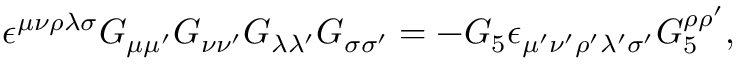
\epsilon ^ { \mu \nu \rho \lambda \sigma } G _ { \mu \mu ^ { \prime } } G _ { \nu \nu ^ { \prime } } G _ { \lambda \lambda ^ { \prime } } G _ { \sigma \sigma ^ { \prime } } = - G _ { 5 } \epsilon _ { \mu ^ { \prime } \nu ^ { \prime } \rho ^ { \prime } \lambda ^ { \prime } \sigma ^ { \prime } } G _ { 5 } ^ { \rho \rho ^ { \prime } } ,